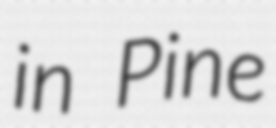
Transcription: in Pine